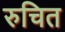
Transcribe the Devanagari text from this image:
रुचित